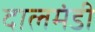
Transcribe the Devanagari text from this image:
दालमंडी